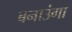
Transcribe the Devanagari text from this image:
बनाउंगा